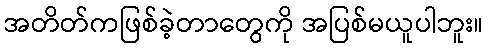
အတိတ်ကဖြစ်ခဲ့တာတွေကို အပြစ်မယူပါဘူး။